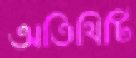
অতিথিটি